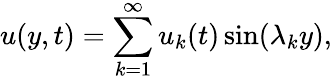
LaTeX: u(y,t)=\sum_{k=1}^{\infty}u_{k}(t)\sin(\lambda_{k}y),